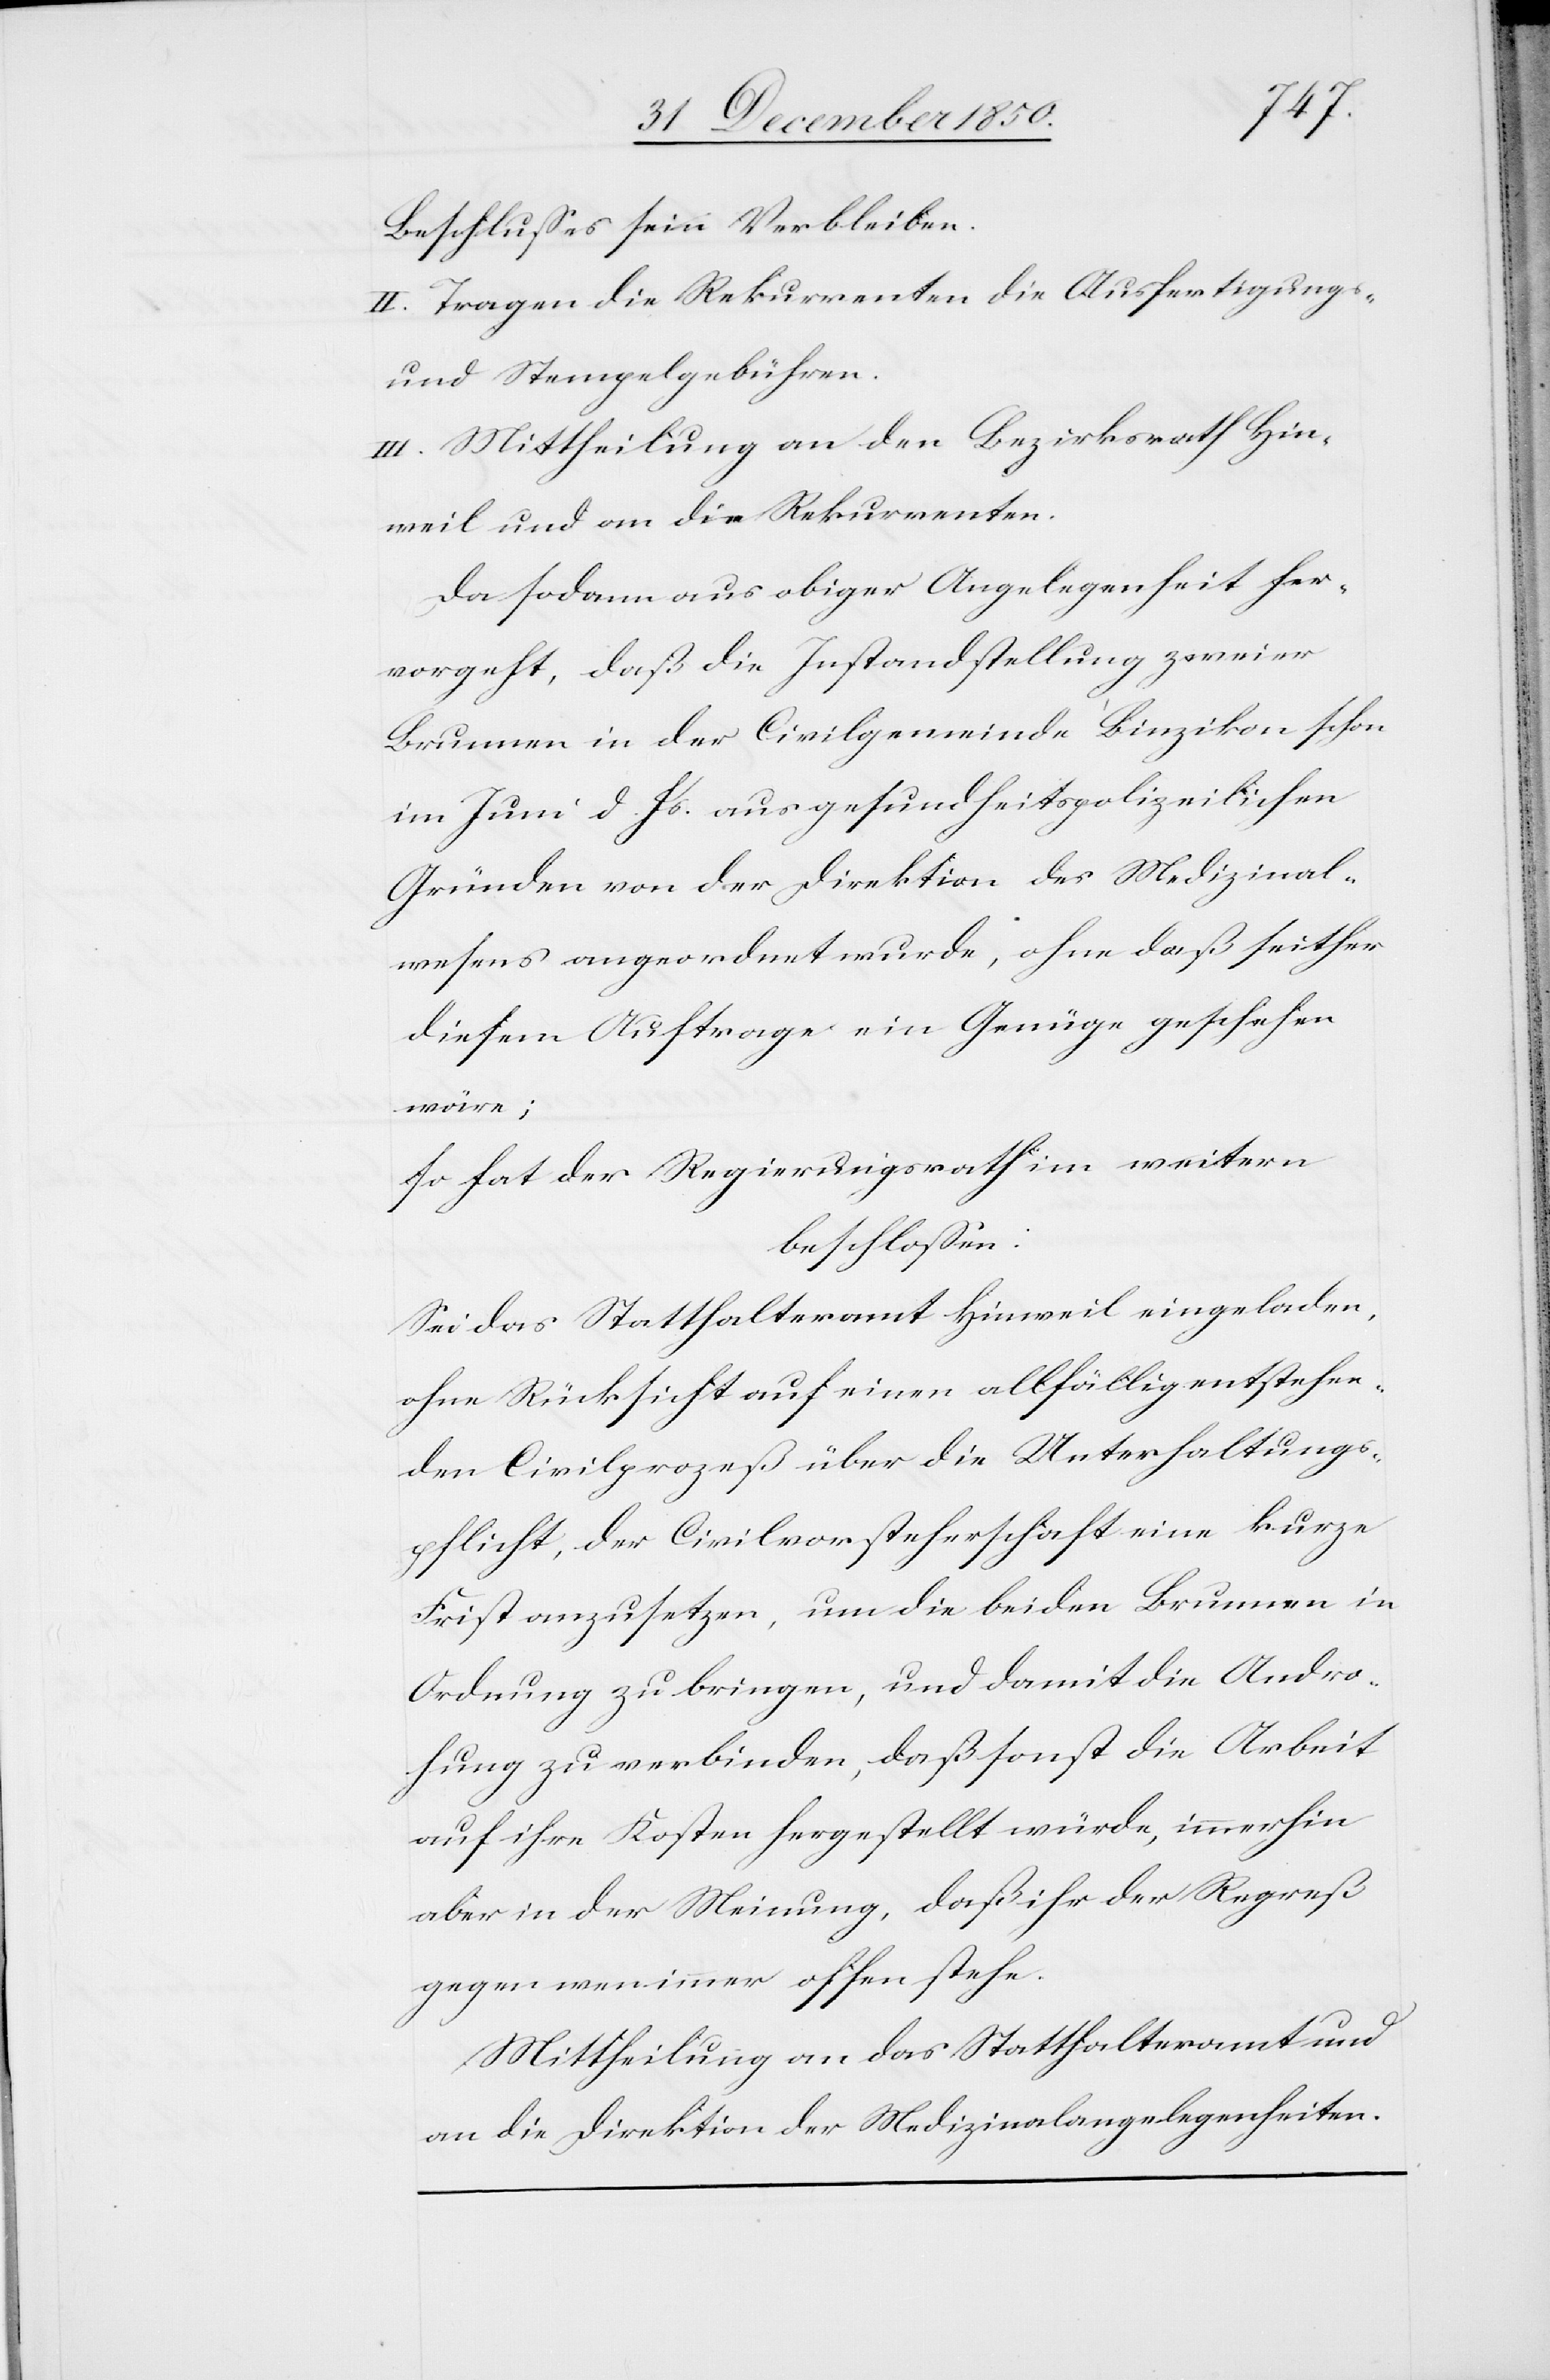
Beschlusses sein Verbleiben.
II. Tragen die Rekurrenten die Ausfertigungs-
und Stempelgebühren.
III. Mittheilung an den Bezirksrath Hin¬
weil und an die Rekurrenten.
Da sodann aus obiger Angelegenheit her¬
vorgeht, daß die Instandstellung zweier
Brunnen in der Civilgemeinde Binzikon schon
im Juni d. Js. aus gesundheitspolizeilichen
Gründen von der Direktion des Medizinal¬
wesens angeordnet wurde, ohne daß seither
diesem Auftrage ein Genüge geschehen
wäre;
so hat der Regierungsrath im weitern
beschlossen:
Sei das Statthalteramt Hinweil eingeladen,
ohne Rücksicht auf einen allfällig entstehen¬
den Civilprozeß über die Unterhaltungs¬
pflicht, der Civilvorsteherschaft eine kurze
Frist anzusetzen, um die beiden Brunnen in
Ordnung zu bringen, und damit die Andro¬
hung zu verbinden, daß sonst die Arbeit
auf ihre Kosten hergestellt würde, immerhin
aber in der Meinung, daß ihr der Regreß
gegen wen immer offen stehe.
Mittheilung an das Statthalteramt und
an die Direktion der Medizinalangelegenheiten.